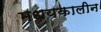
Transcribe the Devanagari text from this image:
मधयकालीन